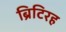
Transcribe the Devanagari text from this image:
ब्रिटिरह